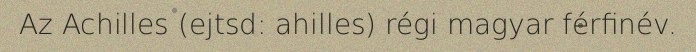
Az Achilles (ejtsd: ahilles) régi magyar férfinév.